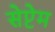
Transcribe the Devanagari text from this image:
सेप्टेम